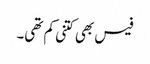
فیس بھی کتنی کم تھی۔